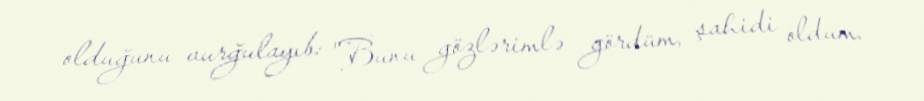
olduğunu vurğulayıb: "Bunu gözlərimlə gördüm, şahidi oldum.